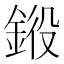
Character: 𨦯